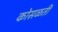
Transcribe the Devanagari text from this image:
कोसळती